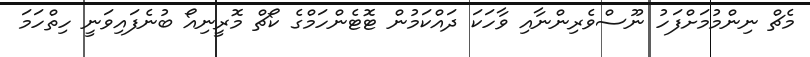
މެޗް ނިންމުމަށްފަހު ނޫސްވެރިންނާއި ވާހަކަ ދައްކަމުން ޓޮޓެންހަމްގެ ކޯޗް މޮރީނިއޯ ބުނެފައިވަނީ ހިތްހަމަ